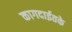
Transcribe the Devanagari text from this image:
कागदाईतके